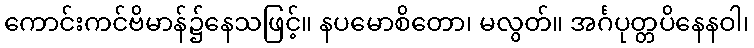
ကောင်းကင်ဗိမာန်၌နေသဖြင့်။ နပမောစိတော၊ မလွတ်။ အင်္ဂပုတ္တပိနေနဝါ၊